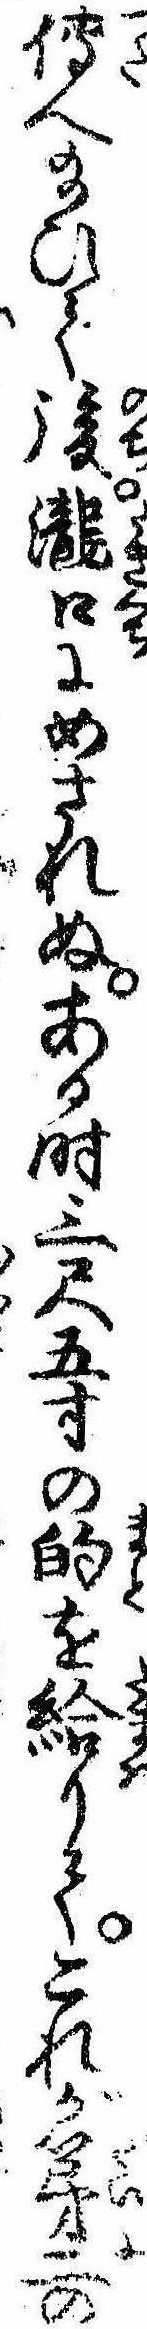
伝へ給ひて後滝口にめされぬある時三尺五寸の的を給りてこれが第二の